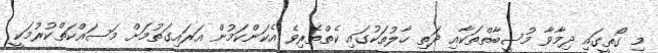
މި ގޯތީގައި ދިމާވާ މުސީބާތްތަކާއި ދަތި ހާލުތަކުގައި ކެތްތެރިވެ އެކަންކަމުން އަރައިގަތުމަށް މަސައްކަތްކުރުމަކީ